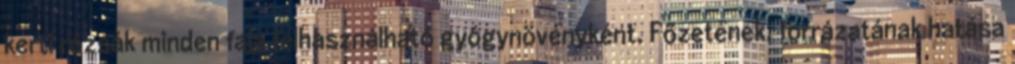
kerti rózsák minden faja felhasználható gyógynövényként. Főzetének, forrázatának hatása